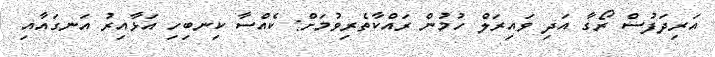
އަރިދަފުސް ރޯގާ އަދި ވައިރަލް ހުމުން ރައްކާތެރިވުމަށް: ކެއްސާ ކިނބިހި އަޅާއިރު އަނގައާއި